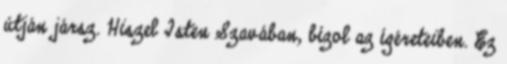
útján jársz. Hiszel Isten Szavában, bízol az ígéreteiben. Ez